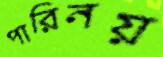
পারিনয়